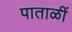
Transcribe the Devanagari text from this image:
पाताळीं